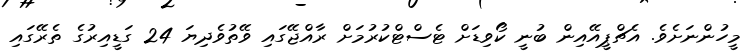
މީހުންނަށެވެ. އެޗްޕީއޭއިން ބުނީ ކޯވިޑަށް ޓެސްޓްކުރުމަށް ރާއްޖޭގައި ވޭތުވެދިޔަ 24 ގަޑީއިރުގެ ތެރޭގައި